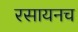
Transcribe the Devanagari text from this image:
रसायनच